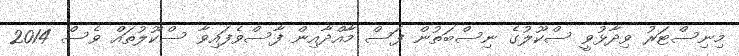
މިނިސްޓަރު ވިދާޅުވީ ސްކޫލުގެ ނިސްބަތުން ފަސް މާއްދާއިން ފާސްވެފައިވާ ސްކޫލުތައް ވެސް 2014